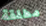
مطلقة